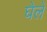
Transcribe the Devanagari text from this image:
घेले